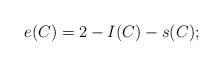
LaTeX: \begin{align*} e(C)=2-I(C)-s(C);\end{align*}